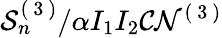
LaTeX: \mathcal{S}_{n}^{(\mathrm{~3~})}/\alpha I_{1}I_{2}\mathcal{C}\mathcal{N}^{(\mathrm{~3~})}